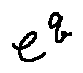
e ^ { q }